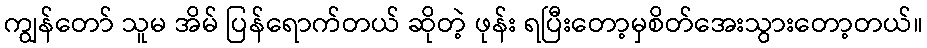
ကျွန်တော် သူမ အိမ် ပြန်ရောက်တယ် ဆိုတဲ့ ဖုန်း ရပြီးတော့မှစိတ်အေးသွားတော့တယ်။